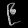
Digit: ၉